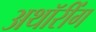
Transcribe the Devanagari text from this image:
अथॉरींग